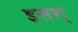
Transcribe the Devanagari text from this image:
इसश्